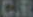
CR